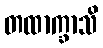
တထာက္ခာသိ